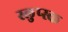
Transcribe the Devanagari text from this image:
स्लुप्स्क